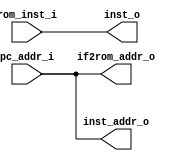
module ifetch(
	input wire[31:0] pc_addr_i, 
	input wire[31:0] rom_inst_i,
	
	output wire[31:0] if2rom_addr_o,
	output wire[31:0] inst_addr_o,
	output wire[31:0] inst_o
);

	assign if2rom_addr_o = pc_addr_i;
	
	assign inst_addr_o =pc_addr_i;
	
	assign inst_o = rom_inst_i;
	
endmodule